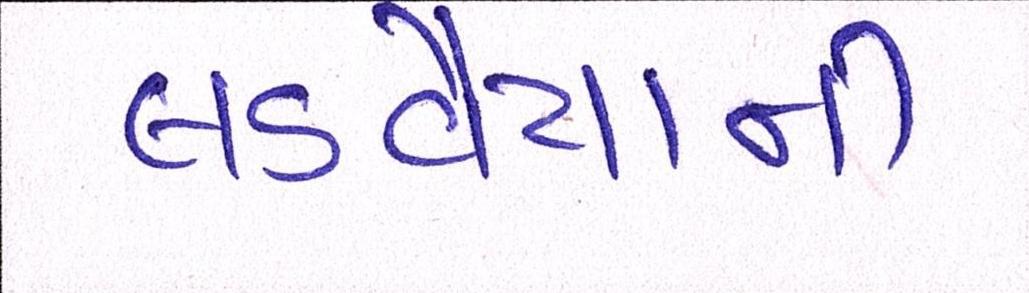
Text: લડવૈયાની